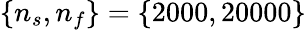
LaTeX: \{ n_{s},n_{f}\} =\{ 2000,20000\}